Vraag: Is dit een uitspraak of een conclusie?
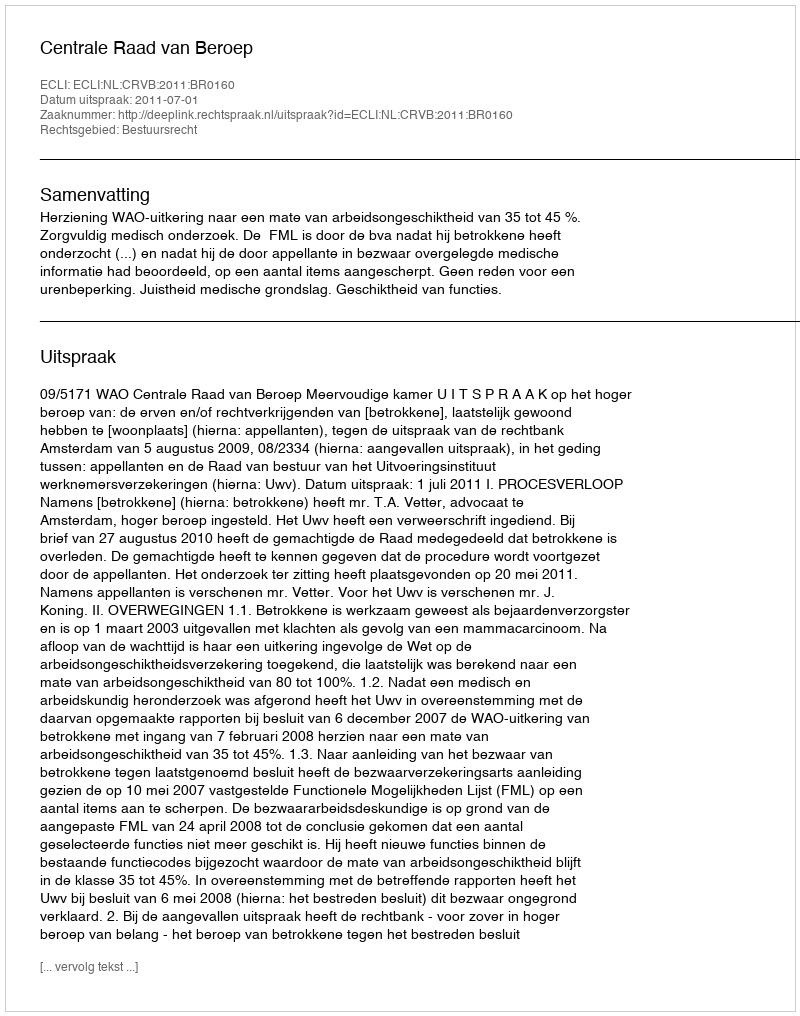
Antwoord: Uitspraak